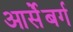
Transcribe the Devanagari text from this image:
आर्सेंबर्ग